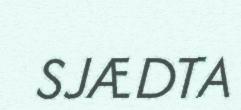
SJÆDTA